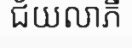
ជ័យលាភី